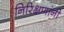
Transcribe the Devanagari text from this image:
निरिक्षणांनी